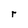
Character: r